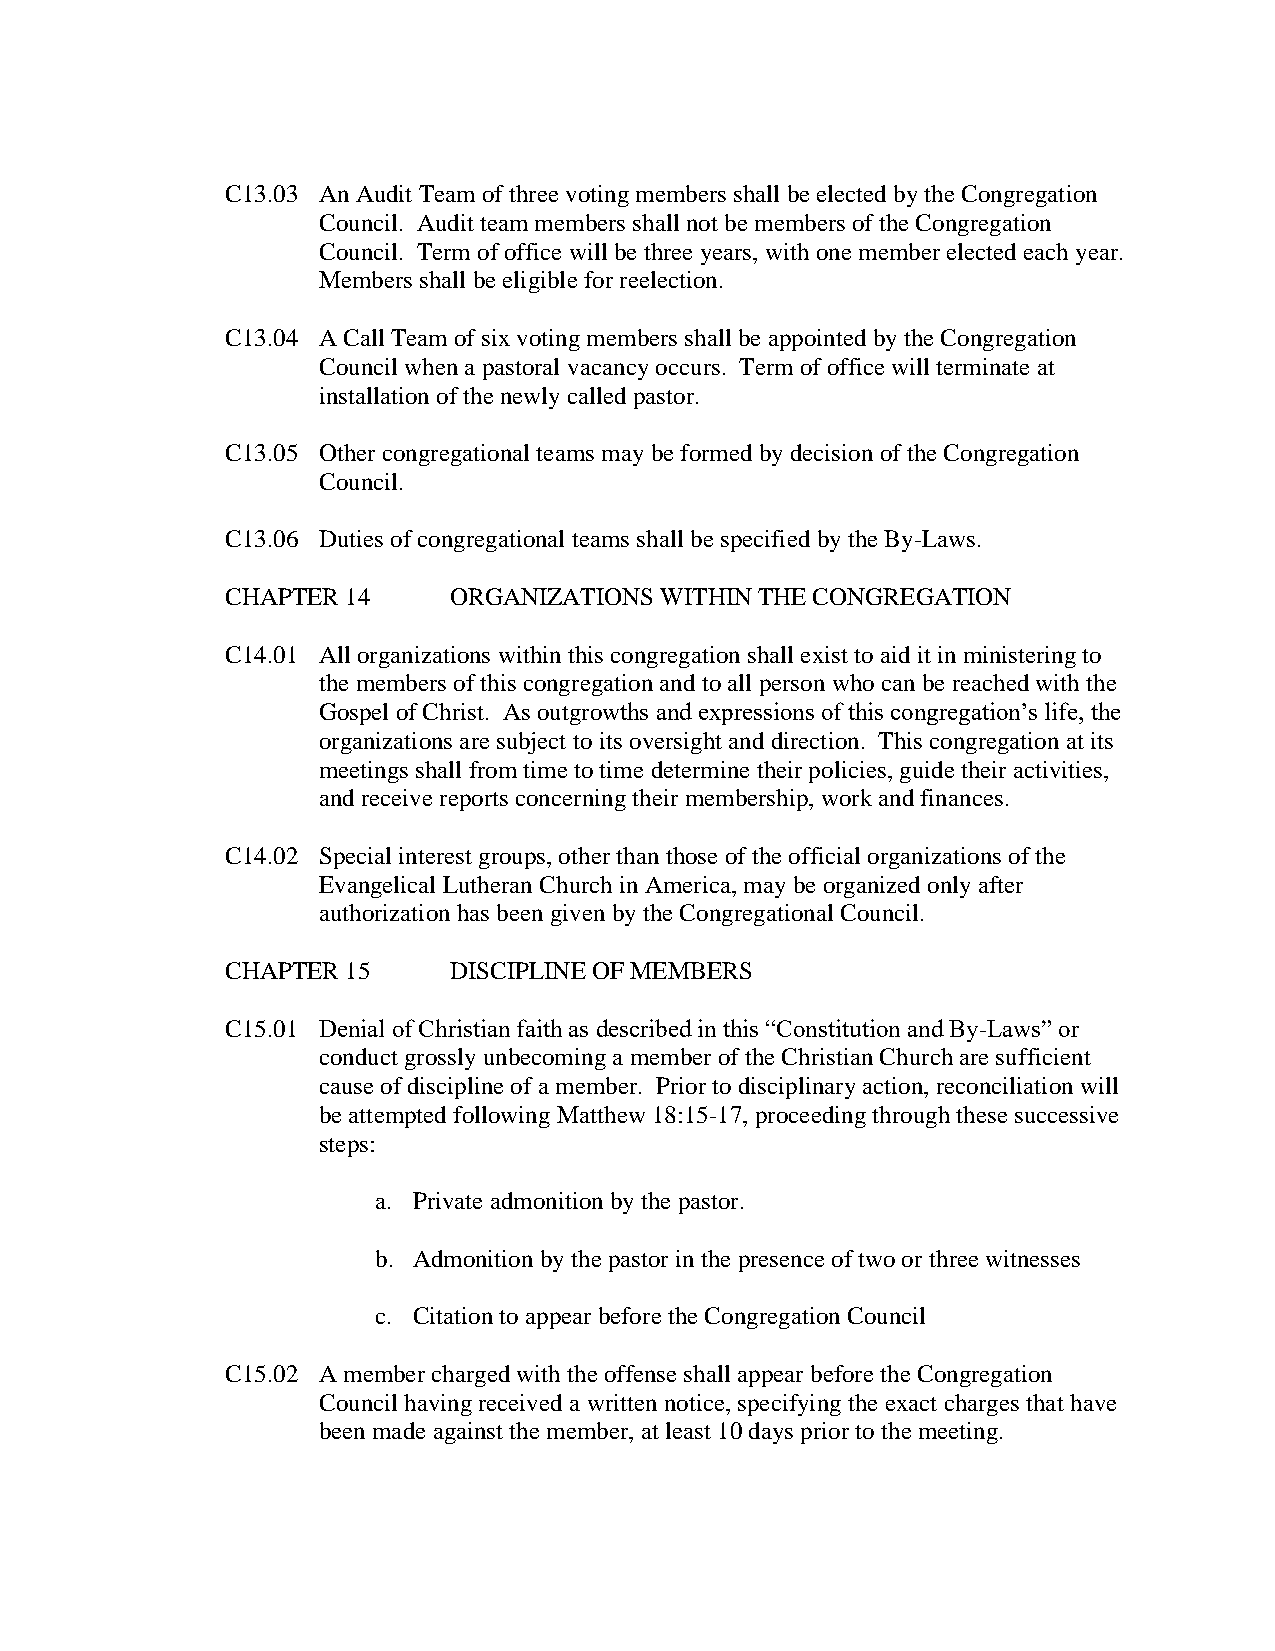
C13.03 An Audit Team of three voting members shall be elected by the Congregation
 Council. Audit team members shall not be members of the Congregation
 Council. Term of office will be three years, with one member elected each year.
 Members shall be eligible for reelection.
 C13.04 A Call Team of six voting members shall be appointed by the Congregation
 Council when a pastoral vacancy occurs. Term of office will terminate at
 installation of the newly called pastor.
 C13.05 Other congregational teams may be formed by decision of the Congregation
 Council.
 C13.06 Duties of congregational teams shall be specified by the By-Laws.
 CHAPTER 14     ORGANIZATIONS WITHIN THE CONGREGATION
 C14.01 All organizations within this congregation shall exist to aid it in ministering to
 the members of this congregation and to all person who can be reached with the
 Gospel of Christ. As outgrowths and expressions of this congregation’s life, the
 organizations are subject to its oversight and direction. This congregation at its
 meetings shall from time to time determine their policies, guide their activities,
 and receive reports concerning their membership, work and finances.
 C14.02 Special interest groups, other than those of the official organizations of the
 Evangelical Lutheran Church in America, may be organized only after
 authorization has been given by the Congregational Council.
 CHAPTER 15     DISCIPLINE OF MEMBERS
 C15.01 Denial of Christian faith as described in this “Constitution and By-Laws” or
 conduct grossly unbecoming a member of the Christian Church are sufficient
 cause of discipline of a member. Prior to disciplinary action, reconciliation will
 be attempted following Matthew 18:15-17, proceeding through these successive
 steps:
 a. Private admonition by the pastor.
 b. Admonition by the pastor in the presence of two or three witnesses
 c. Citation to appear before the Congregation Council
 C15.02 A member charged with the offense shall appear before the Congregation
 Council having received a written notice, specifying the exact charges that have
 been made against the member, at least 10 days prior to the meeting.